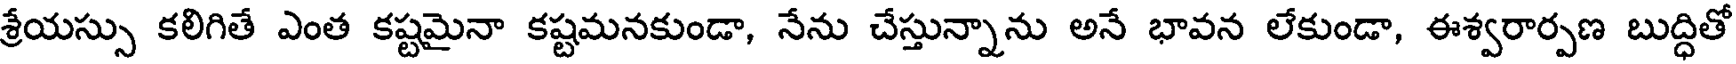
శ్రేయస్సు కలిగితే ఎంత కష్టమైనా కష్టమనకుండా, నేను చేస్తున్నాను అనే భావన లేకుండా, ఈశ్వరార్పణ బుద్ధితో